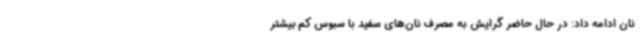
نان ادامه داد: در حال حاضر گرایش به مصرف نان‌های سفید با سبوس کم بیشتر